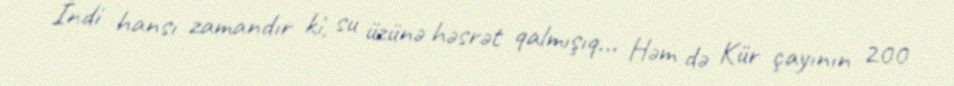
İndi hansı zamandır ki, su üzünə həsrət qalmışıq... Həm də Kür çayının 200